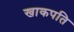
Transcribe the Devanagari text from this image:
खाकपति